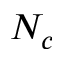
N _ { c }